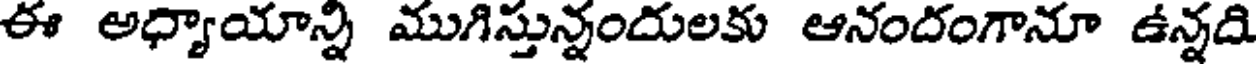
ఈ అధ్యాయాన్ని ముగిస్తున్నందులకు ఆనందంగానూ ఉన్నది